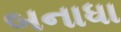
બનાધા